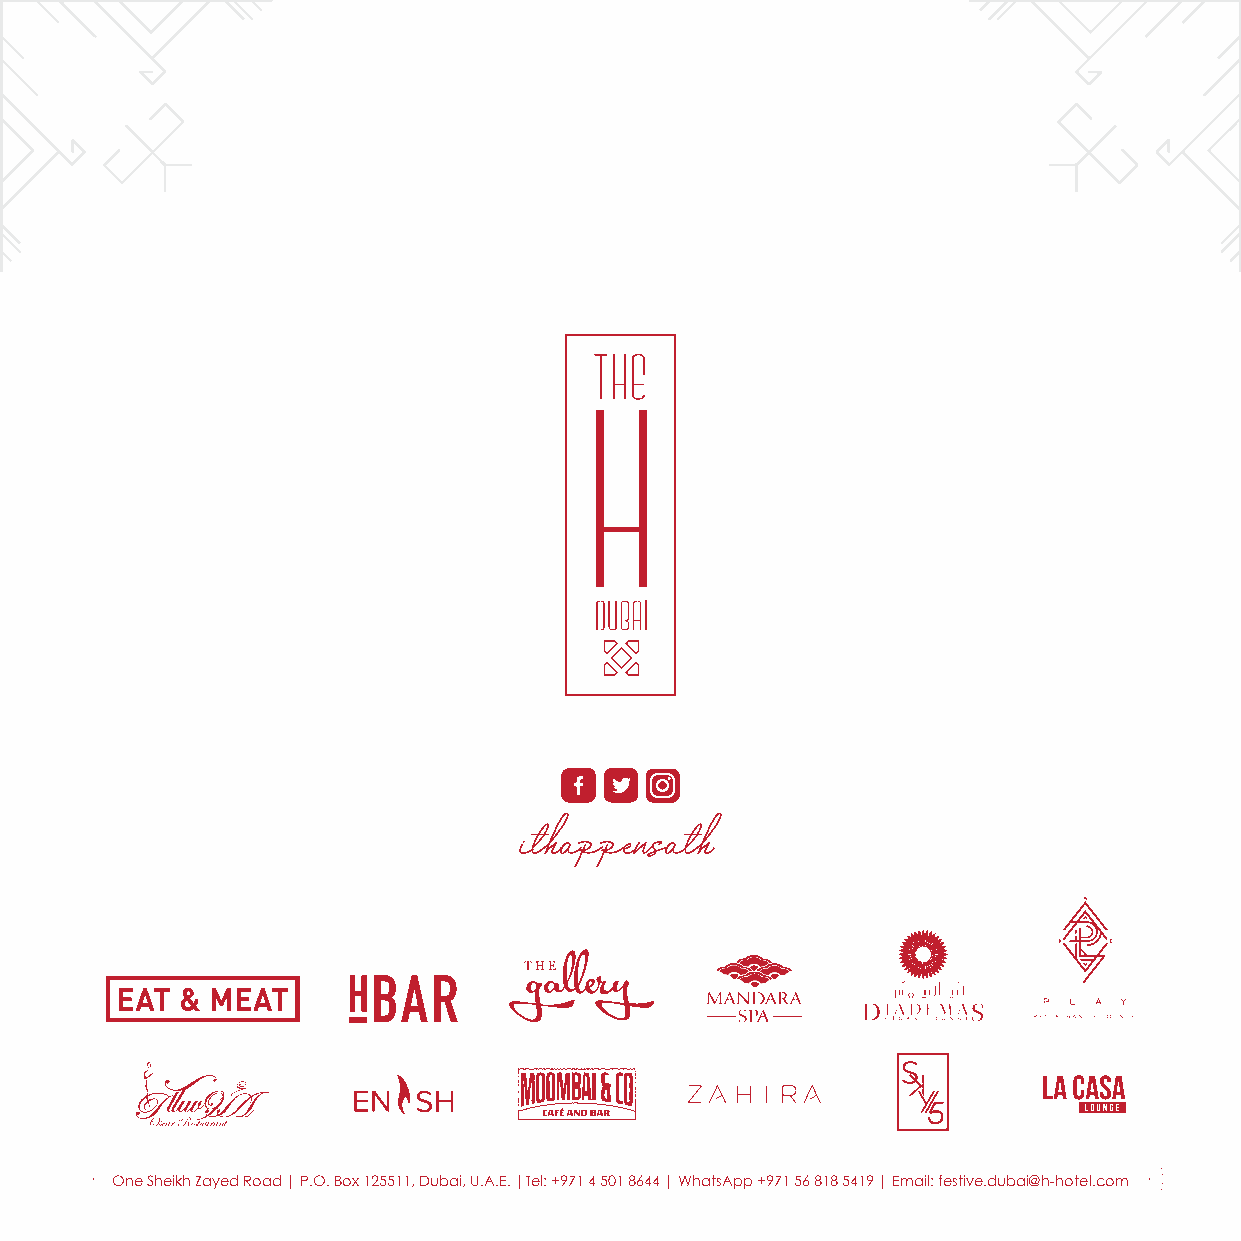
ithappensath
 One Sheikh Zayed Road | P.O. Box 125511, Dubai, U.A.E. |Tel: +971 4 501 8644 | WhatsApp +971 56 818 5419 | Email: festive.dubai@h-hotel.com